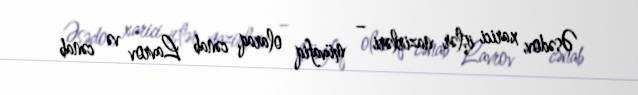
Əsədov, xarici işlər nazirləri – müvafiq olaraq, cənab Lavrov və cənab